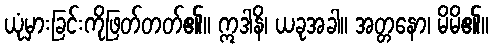
ယုံမှားခြင်းကိုဖြတ်တတ်၏။ ဣဒါနိ၊ ယခုအခါ။ အတ္တနော၊ မိမိ၏။